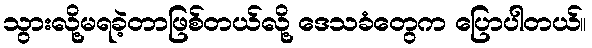
သွားလို့မရခဲ့တာဖြစ်တယ်လို့ ဒေသခံတွေက ပြောပါတယ်။